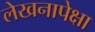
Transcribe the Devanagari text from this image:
लेखनापेक्षा